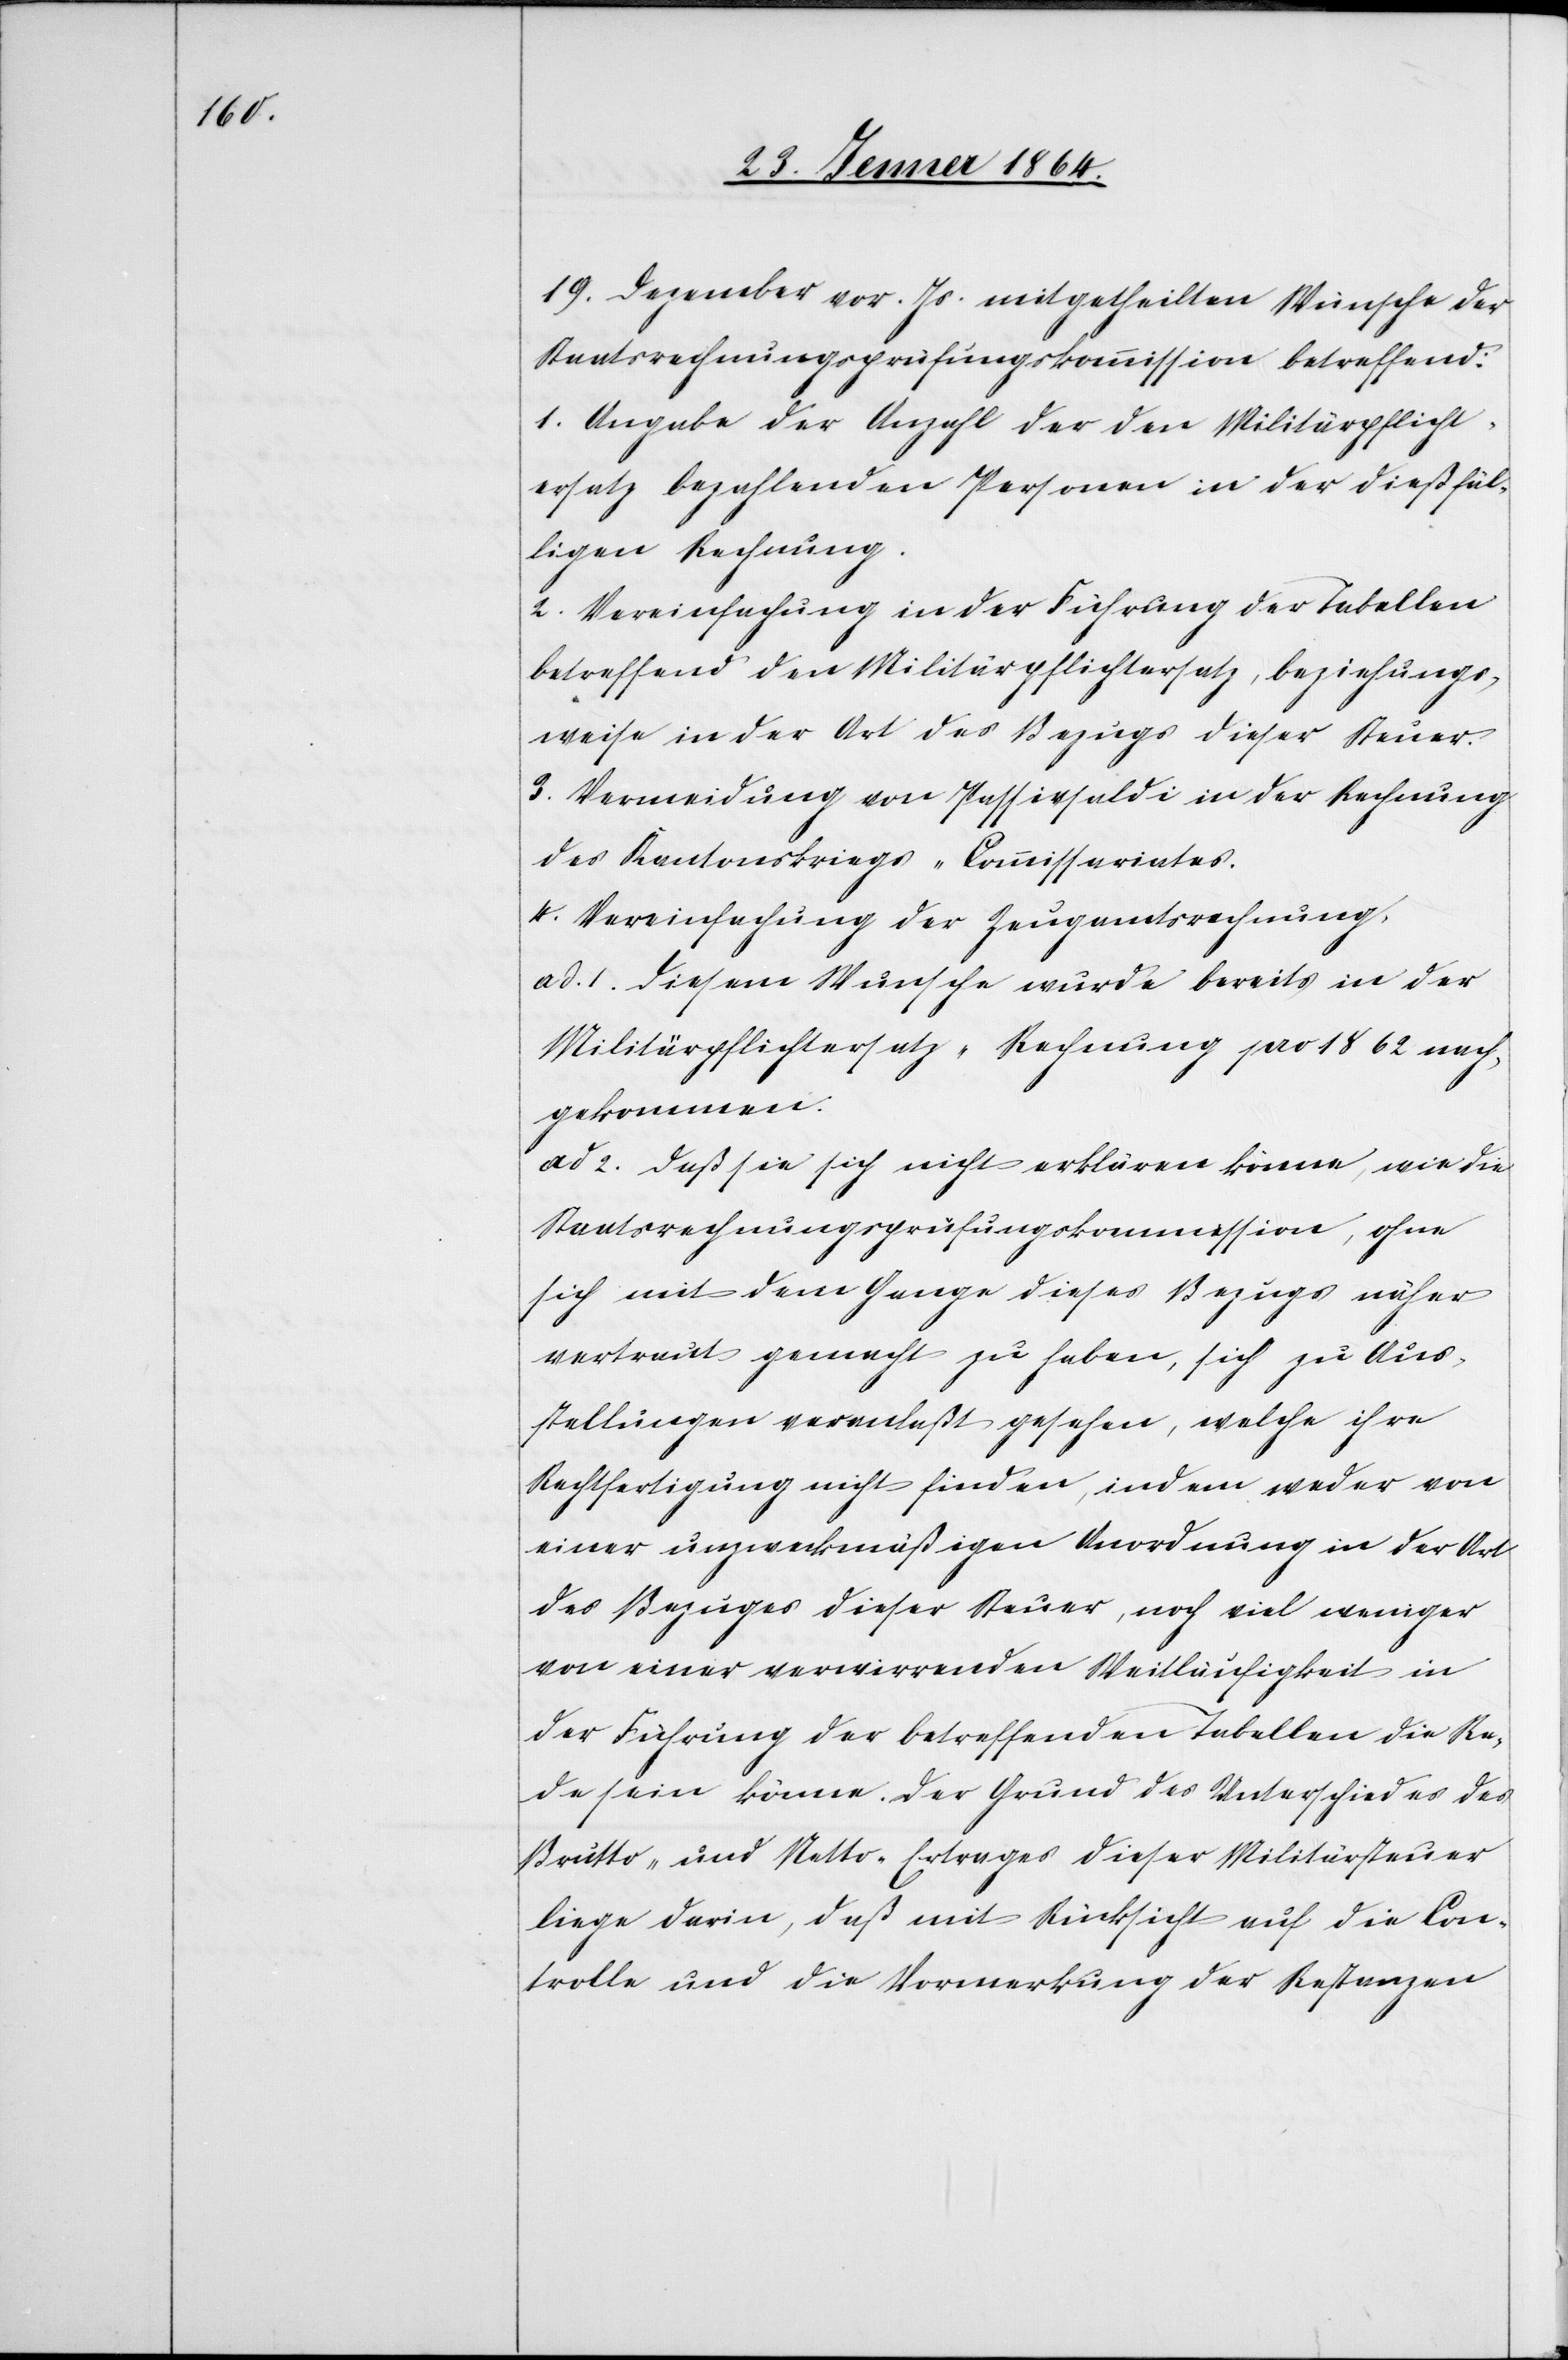
19. Dezember vor. Js. mitgetheilten Wünsche der
Staatsrechnungsprüfungskommission betreffend:
1. Angabe der Anzahl der den Militärpflicht¬
ersatz bezahlenden Personen in der dießfäl¬
ligen Rechnung.
2. Vereinfachung in der Führung der Tabellen
betreffend den Militärpflichtersatz, beziehungs¬
weise in der Art des Bezugs dieser Steuer.
3. Vermeidung von Passivsaldi in der Rechnung
des Kantonskriegs-Commissariates.
4. Vereinfachung der Zeugenamtsrechnung,
ad. 1. Diesem Wunsche wurde bereits in der
Militärpflichtersatz-Rechnung pro 1862 nach¬
gekommen.
ad 2. Daß sie sich nicht erklären könne, wie die
Staatsrechnungsprüfungskommission, ohne
sich mit dem Gange dieses Bezugs näher
vertraut gemacht zu haben, sich zu Aus¬
stellungen veranlaßt gesehen, welche ihre
Rechtfertigung nicht finden, indem weder von
einer unzweckmäßigen Anordnung in der Art
des Bezuges dieser Steuer, noch viel weniger
von einer verwirrenden Weitläufigkeit in
der Führung der betreffenden Tabellen die Re¬
de sein könne. Der Grund des Unterschiedes des
Brutto- und Netto-Ertrages dieser Militärsteuer
liege darin, daß mit Rücksicht auf die Con¬
trolle und die Vormerkung der Restanzen